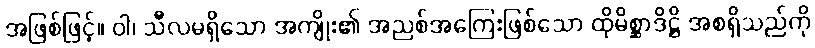
အဖြစ်ဖြင့်။ ဝါ၊ သီလမရှိသော အကျိုး၏ အညစ်အကြေးဖြစ်သော ထိုမိစ္ဆာဒိဋ္ဌိ အစရှိသည်ကို